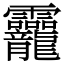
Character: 龗